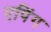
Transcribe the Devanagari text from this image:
एपिंग